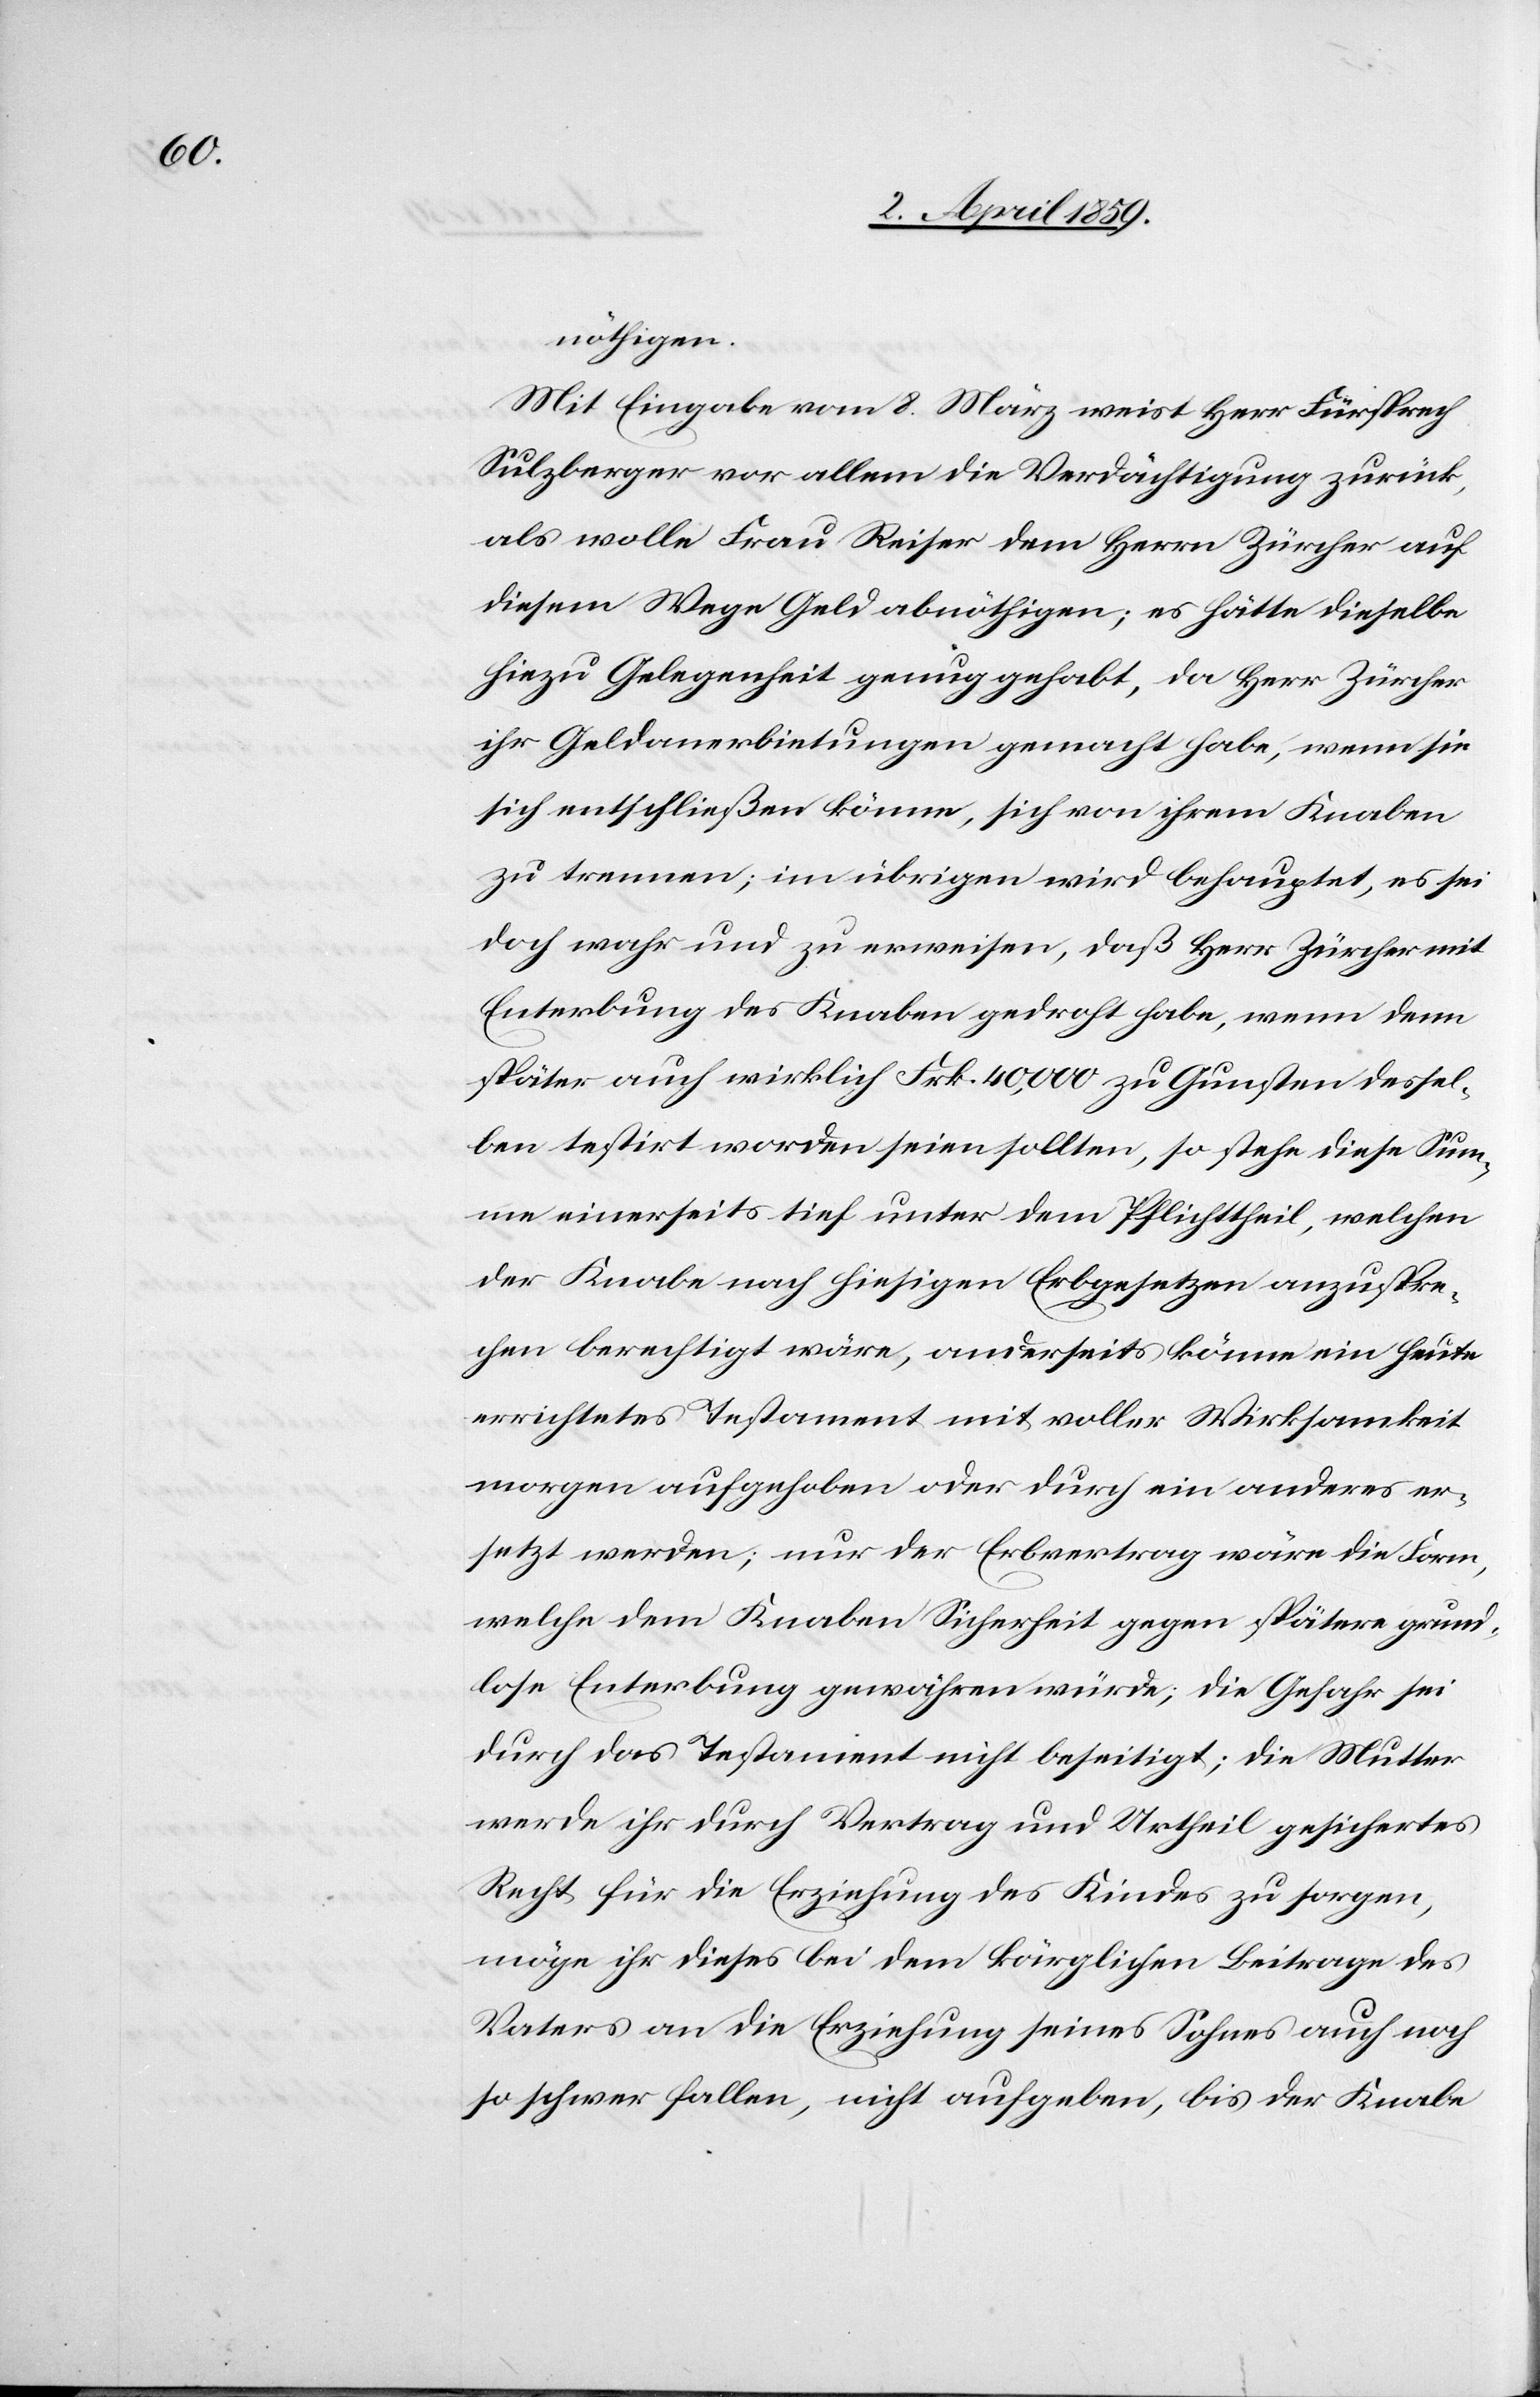
nöthigen.
Mit Eingabe vom 8. März weist Herr Fürsprech
Sulzberger vor allem die Verdächtigung zurück,
als wolle Frau Reiser dem Herrn Zürcher auf
diesem Wege Geld abnöthigen; es hätte dieselbe
hiezu Gelegenheit genug gehabt, da Herr Zürcher
ihr Geldanerbietungen gemacht habe, wenn sie
sich entschließen könne, sich von ihrem Knaben
zu trennen; im übrigen wird behauptet, es sei
doch wahr und zu erweisen, daß Herr Zürcher mit
Enterbung des Knaben gedroht habe, wenn denn
später auch wirklich Frk. 40,000 zu Gunsten dessel¬
ben testirt worden seien sollten, so stehe diese Sum¬
me einerseits tief unter dem Pflichttheil, welchen
der Knabe nach hiesigen Erbgesetzen anzuspre¬
chen berechtigt wäre, anderseits könne ein heute
errichtetes Testament mit voller Wirksamkeit
morgen aufgehoben oder durch ein anderes er¬
setzt werden; nur der Erbvertrag wäre die Form,
welche dem Knaben Sicherheit gegen spätere grund¬
lose Enterbung gewähren würde; die Gefahr sei
durch das Testament nicht beseitigt; die Mutter
werde ihr durch Vertrag und Urtheil gesichertes
Recht für die Erziehung des Kindes zu sorgen,
möge ihr dieses bei dem kärglichen Beitrage des
Vaters an die Erziehung seines Sohnes auch noch
so schwer fallen, nicht aufgeben, bis der Knabe